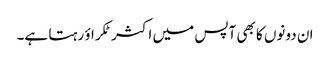
ان دونوں کا بھی آپس میں اکثر ٹکراؤ رہتا ہے۔